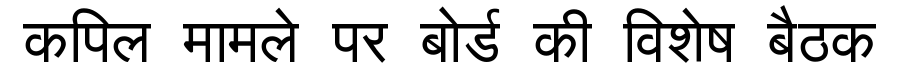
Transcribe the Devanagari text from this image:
कपिल मामले पर बोर्ड की विशेष बैठक